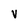
Character: V